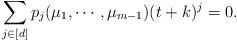
LaTeX: \begin{align*} \sum_{j\in [d]} p_j(\mu_1,\cdots,\mu_{m-1})(t+k)^j = 0.\end{align*}